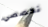
تخصصي